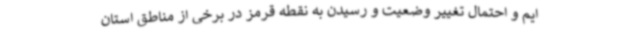
ایم و احتمال تغییر وضعیت و رسیدن به نقطه قرمز در برخی از مناطق استان